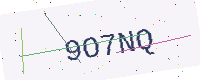
Text: 9O7NQ